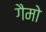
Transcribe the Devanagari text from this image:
गैमो